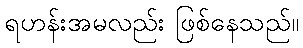
ရဟန်းအမလည်း ဖြစ်နေသည်။